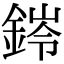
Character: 𮢊